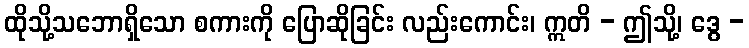
ထိုသို့သဘောရှိသော စကားကို ပြောဆိုခြင်း လည်းကောင်း၊ ဣတိ - ဤသို့၊ ဒွေ -